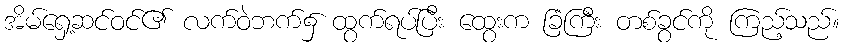
အိမ်ရှေ့ဆင်ဝင်၏ လက်ဝဲဘက်၌ ထွက်ရပ်ပြီး ထွေးက ခြံကြီး တစ်ခွင်ကို ကြည့်သည်။